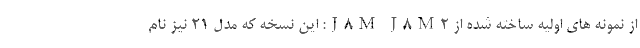
از نمونه های اولیه ساخته شده از J8M J8M2: این نسخه که مدل 21 نیز نام